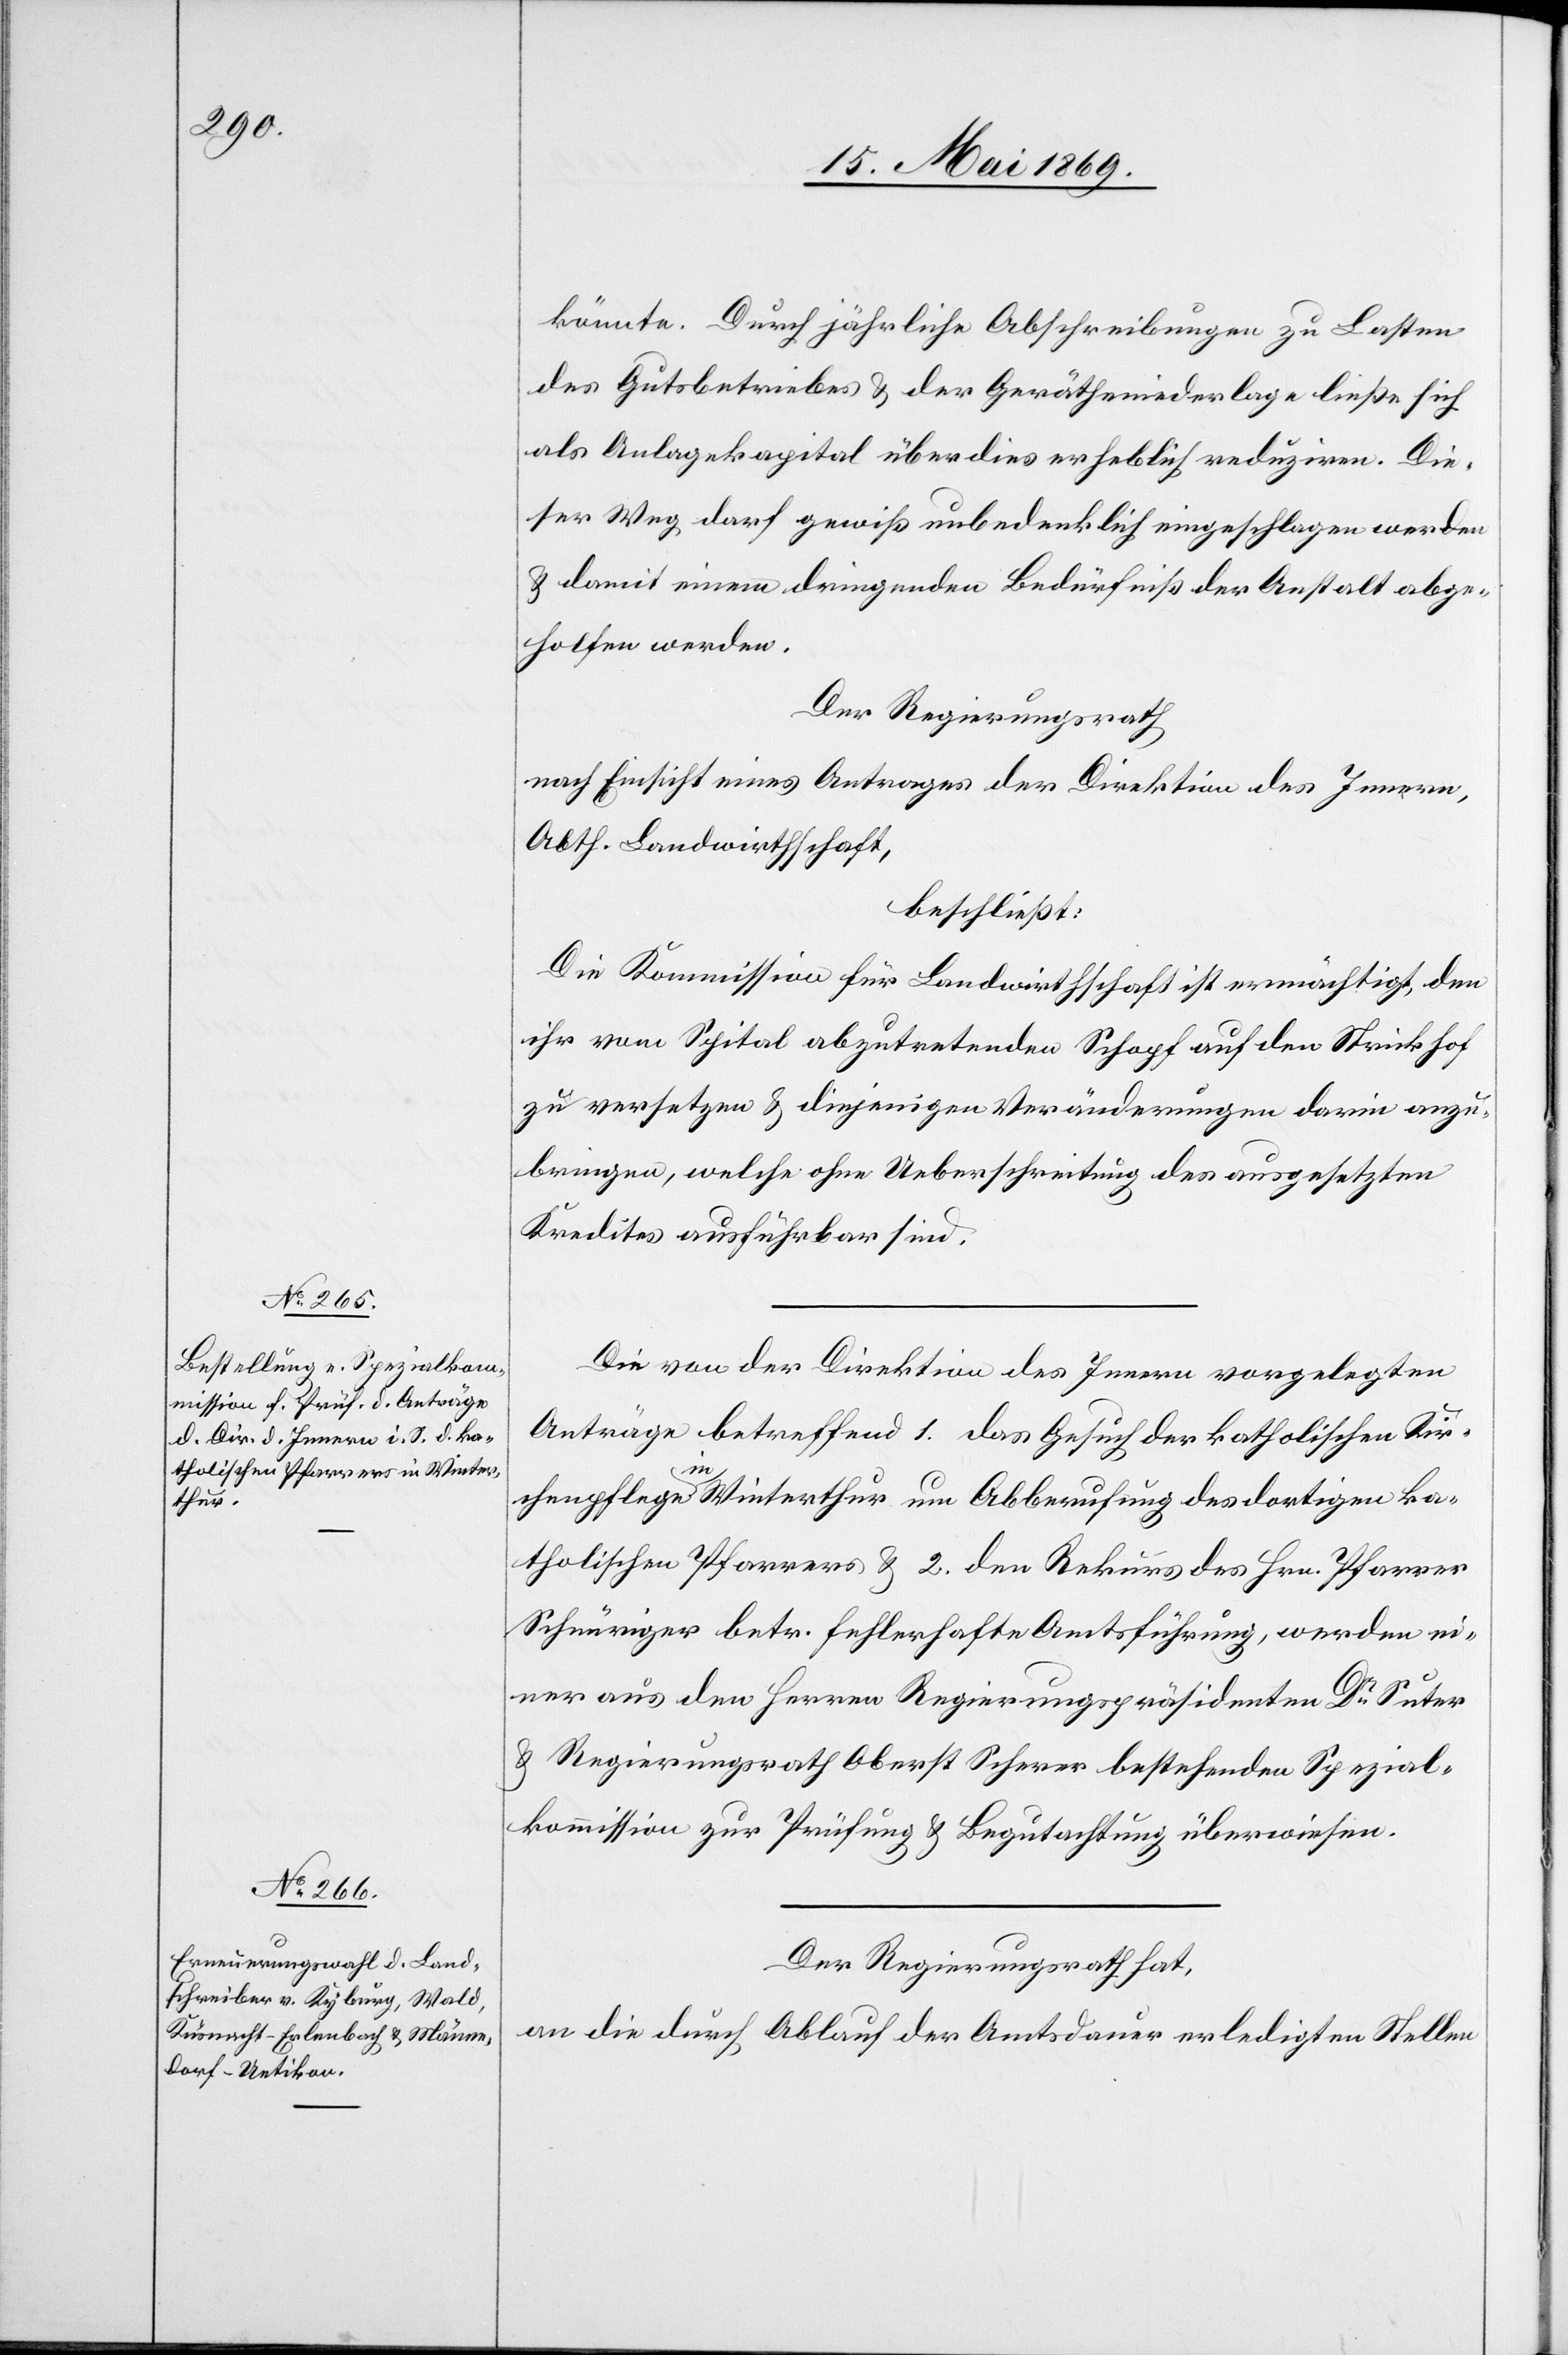
könnte. Durch jährliche Abschreibungen zu Lasten
des Güterbetriebes u. der Gerätheniederlage ließe sich
als Anlagekapital überdies erheblich reduziren. Die¬
ser Weg darf gewiß unbedenklich eingeschlagen werden
u. damit einem dringenden Bedürfniß der Anstalt abge¬
holfen werden.
Der Regierungsrath,
nach Einsicht eines Antrages der Direktion des Innern,
Abth. Landwirthschaft,
beschließt:
Die Kommission für Landwirthschaft ist ermächtigt, den
ihr vom Spital abzutretenden Schopf auf den Strickhof
zu versetzen u. diejenigen Veränderungen darin anzu¬
bringen, welche ohne Ueberschreitung des ausgesetzten
Kredites ausführbar sind.
Die von der Direktion des Innern vorgelegten
Anträge betreffend 1. Das Gesuch der katholischen Kir¬
chenpflege in Winterthur um Abberufung des dortigen ka¬
tholischen Pfarrers u. 2. Den Rekurs des Hrn. Pfarrer
Schnüriger betr. fehlerhafte Amtsführung, werden ei¬
ner aus den Herren Regierungspräsidenten Dr Suter
u. Regierungsrath Oberst Scherer bestehenden Spezial¬
kommission zur Prüfung u. Begutachtung überwiesen.
Der Regierungsrath hat,
an die durch Ablauf der Amtsdauer erledigten Stellen